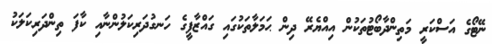
ނޭޓޯގެ އަސްކަރީ މަތިންދާބޯޓުތަކުން އިއްޔެރޭ ދިން ޙަމަލާތަކުގައި ގައްޒާފީގެ ހަނގުދަރިކަލުންނާއި ކާފަ ތިންދަރިކަލަކު